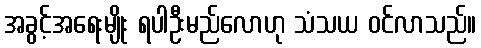
အခွင့်အရေးမျိုး ရပါဦးမည်လောဟု သံသယ ဝင်လာသည်။